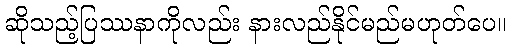
ဆိုသည့်ပြဿနာကိုလည်း နားလည်နိုင်မည်မဟုတ်ပေ။